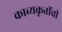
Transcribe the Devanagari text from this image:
काव्यकृतींची